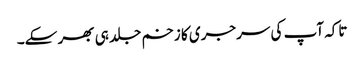
تاکہ آپ کی سرجری کا زخم جلد ہی بھر سکے۔